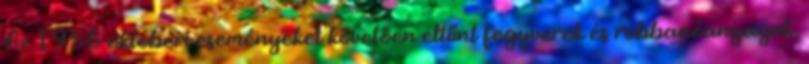
Az 1956 októberi eseményeket követően eltűnt fegyverek és robbanóanyagok,